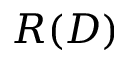
R ( D )